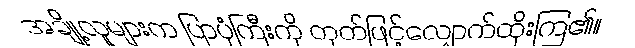
အချို့လူများက ပြာပုံကြီးကို တုတ်ဖြင့်လျှောက်ထိုးကြ၏။